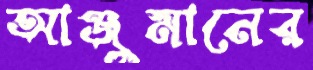
আঞ্জুমানের